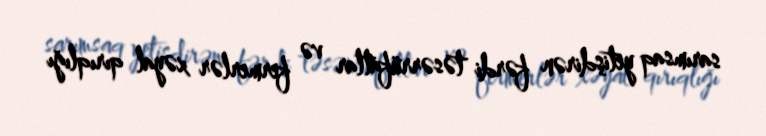
sarımsaq yetişdirən fərdi təsərrüfatlar və fermerlər xəyal qırıqlığı